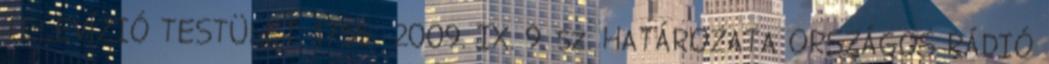
TELEVÍZIÓ TESTÜLET. 1755 2009. IX. 9. sz. HATÁROZATA ORSZÁGOS RÁDIÓ